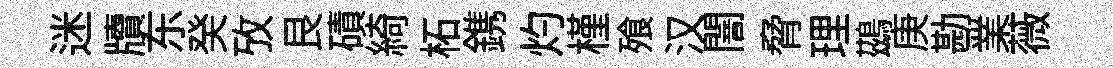
迷牘东癸攷艮磧綺柘鎸灼槿飱汉闇脅理鷀庚勘業薇